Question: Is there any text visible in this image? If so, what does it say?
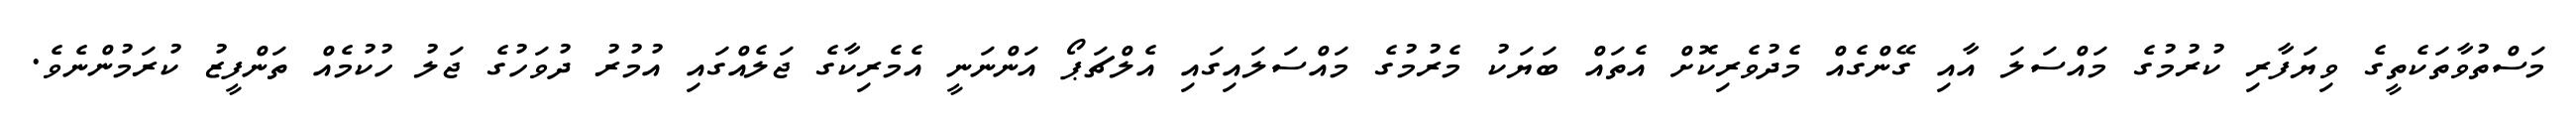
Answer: މަސްތުވާތަކެތީގެ ވިޔަފާރި ކުރުމުގެ މައްސަލަ އާއި ގޭންގެއް މެދުވެރިކޮށް އެތައް ބަޔަކު މެރުމުގެ މައްސަލައިގައި އެލްޗަޕޯ އަންނަނީ އެމެރިކާގެ ޖަލެއްގައި އުމުރު ދުވަހުގެ ޖަލު ހުކުމެއް ތަންފީޒު ކުރަމުންނެވެ.